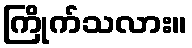
ကြိုက်သလား။